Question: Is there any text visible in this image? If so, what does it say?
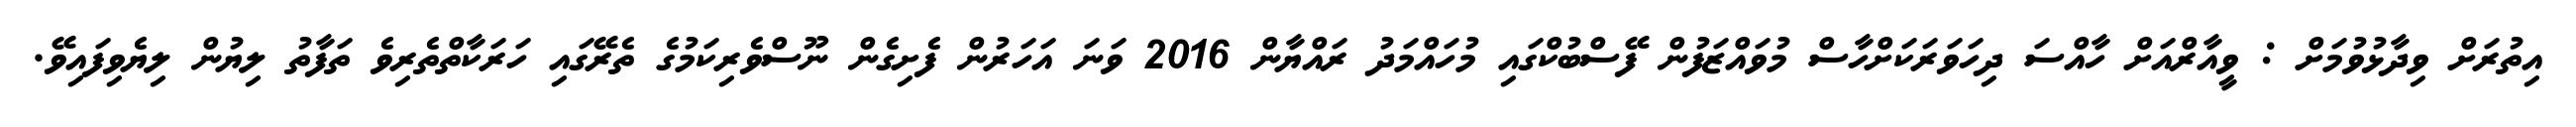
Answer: އިތުރަށް ވިދާޅުވުމަށް : ވީއާރްއަށް ހާއްސަ ދިހަވަރަކަށްހާސް މުވައްޒަފުން ފޭސްބުކްގައި މުހައްމަދު ރައްޔާން 2016 ވަނަ އަހަރުން ފެށިގެން ނޫސްވެރިކަމުގެ ތެރޭގައި ހަރަކާތްތެރިވެ ތަފާތު ލިޔުން ލިޔެވިފައިވޭ.